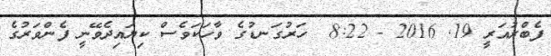
ފެބްރުއަރީ 19